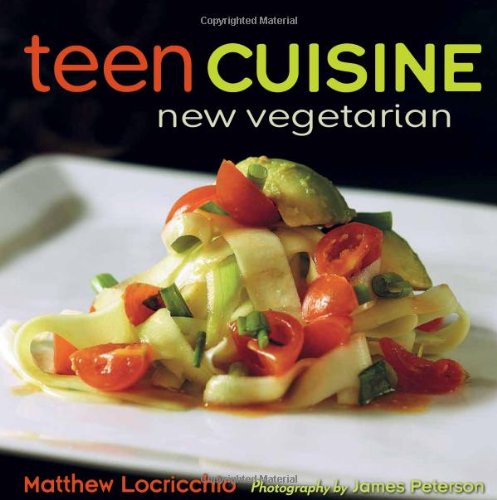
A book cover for Teen Cuisine: New Vegetarian; Matthew Locricchio; Teen & Young Adult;